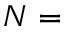
N =